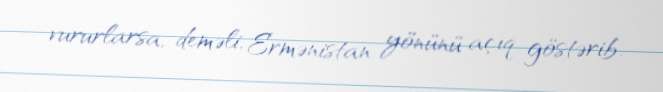
vururlarsa, deməli, Ermənistan yönünü açıq göstərib.